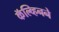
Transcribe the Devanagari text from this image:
कॅल्व्हिनने